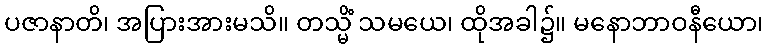
ပဇာနာတိ၊ အပြားအားမသိ။ တသ္မိံ သမယေ၊ ထိုအခါ၌။ မနောဘာဝနီယော၊